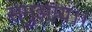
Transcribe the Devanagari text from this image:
समुझाय।।